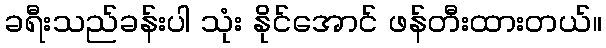
ခရီးသည်ခန်းပါ သုံး နိုင်အောင် ဖန်တီးထားတယ်။